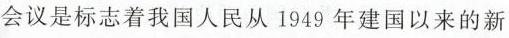
议是标志着我国人民从1949年建国以来的新